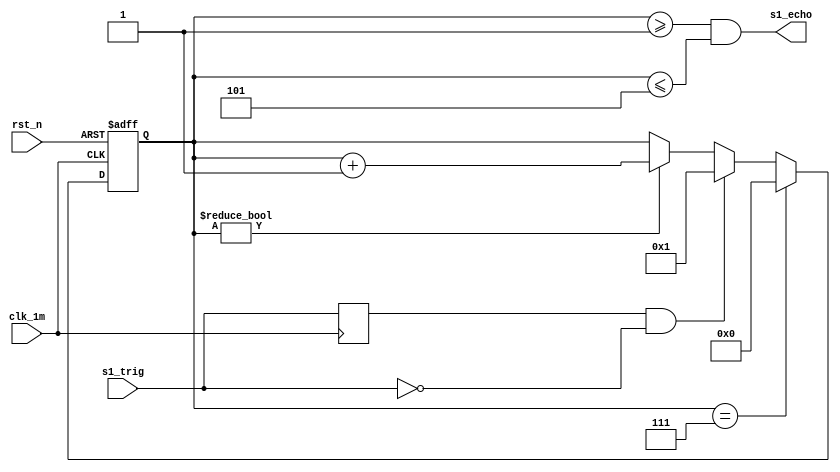
//hc_sr04.v

module hc_sr04(
s1_trig,
s1_echo,
clk_1m,
rst_n
);
input		s1_trig;
output 	s1_echo;
input		clk_1m;
input 	rst_n;
//----------------------------------


wire trig = s1_trig;
reg trig_reg;
always @ (posedge clk_1m)
	trig_reg <= trig;
wire trig_falling = trig_reg & (~trig);


reg [7:0]  cnt_1m;
always @(posedge clk_1m or negedge rst_n)	begin
	if(~rst_n)
		cnt_1m <= 8'h0;
	else if(cnt_1m == 8'd7)
		cnt_1m <= 8'h0;
	else if(trig_falling)
		cnt_1m <= 8'h1;
	else if(cnt_1m != 8'h0)
		cnt_1m <= cnt_1m + 8'h1;
	else ;
end

wire s1_echo = (cnt_1m >= 8'd1) & (cnt_1m <= 8'd5);


endmodule